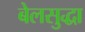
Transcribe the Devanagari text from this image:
बेलसुद्धा